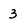
Character: 3